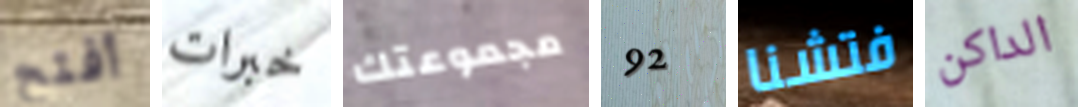
أفتح خبرات مجموعتك 92 فتشنا الداكن